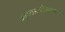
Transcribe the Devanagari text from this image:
काव्यसमीक्षात्मक